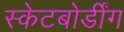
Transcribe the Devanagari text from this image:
स्केटबोर्डींग